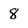
Character: 8